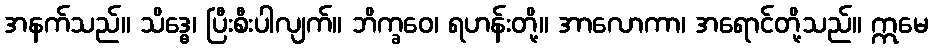
အနက်သည်။ သိဒ္ဓေ၊ ပြီးစီးပါလျက်။ ဘိက္ခဝေ၊ ရဟန်းတို့။ အာလောကာ၊ အရောင်တို့သည်။ ဣမေ